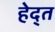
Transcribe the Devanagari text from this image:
हेद्त